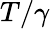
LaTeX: T/\gamma